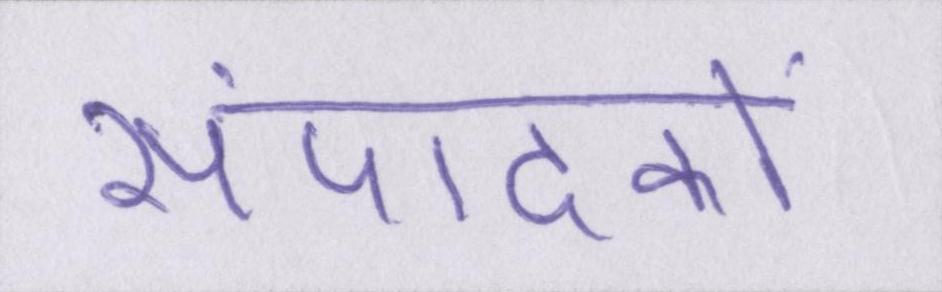
संपादकों